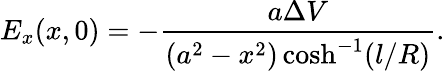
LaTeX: E_{x}(x,0)=-\frac{a\Delta V}{\left(a^{2}-x^{2}\right)\cosh^{-1}(l/R)}.